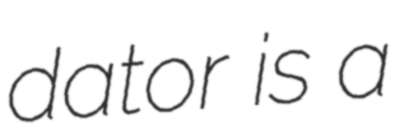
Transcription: dator is a